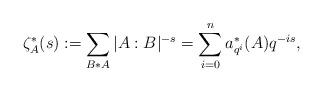
LaTeX: \begin{align*}\zeta_{A}^{*}(s):=\sum_{B*A}|A:B|^{-s}=\sum_{i=0}^{n}a_{q^{i}}^{*}(A)q^{-is},\end{align*}